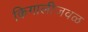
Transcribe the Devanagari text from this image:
किगालीजवळ